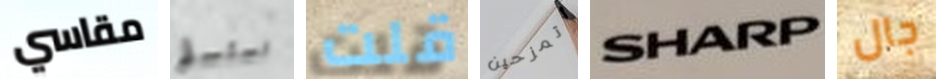
مقاسي نستسلم قلت أتمزحين SHARP جال